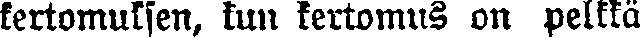
kertomuksen, tun kerkomus on pelkkä